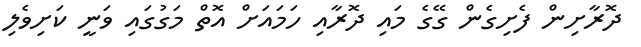
ދޮރާށިން ފެށިގެން ގޭގެ މައި ދޮރާއި ހަމައަށް އޮތް މަގުގައި ވަނީ ކަށިވެލި